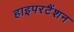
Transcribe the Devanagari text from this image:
हाइपरटैंशन